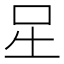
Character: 𭇆